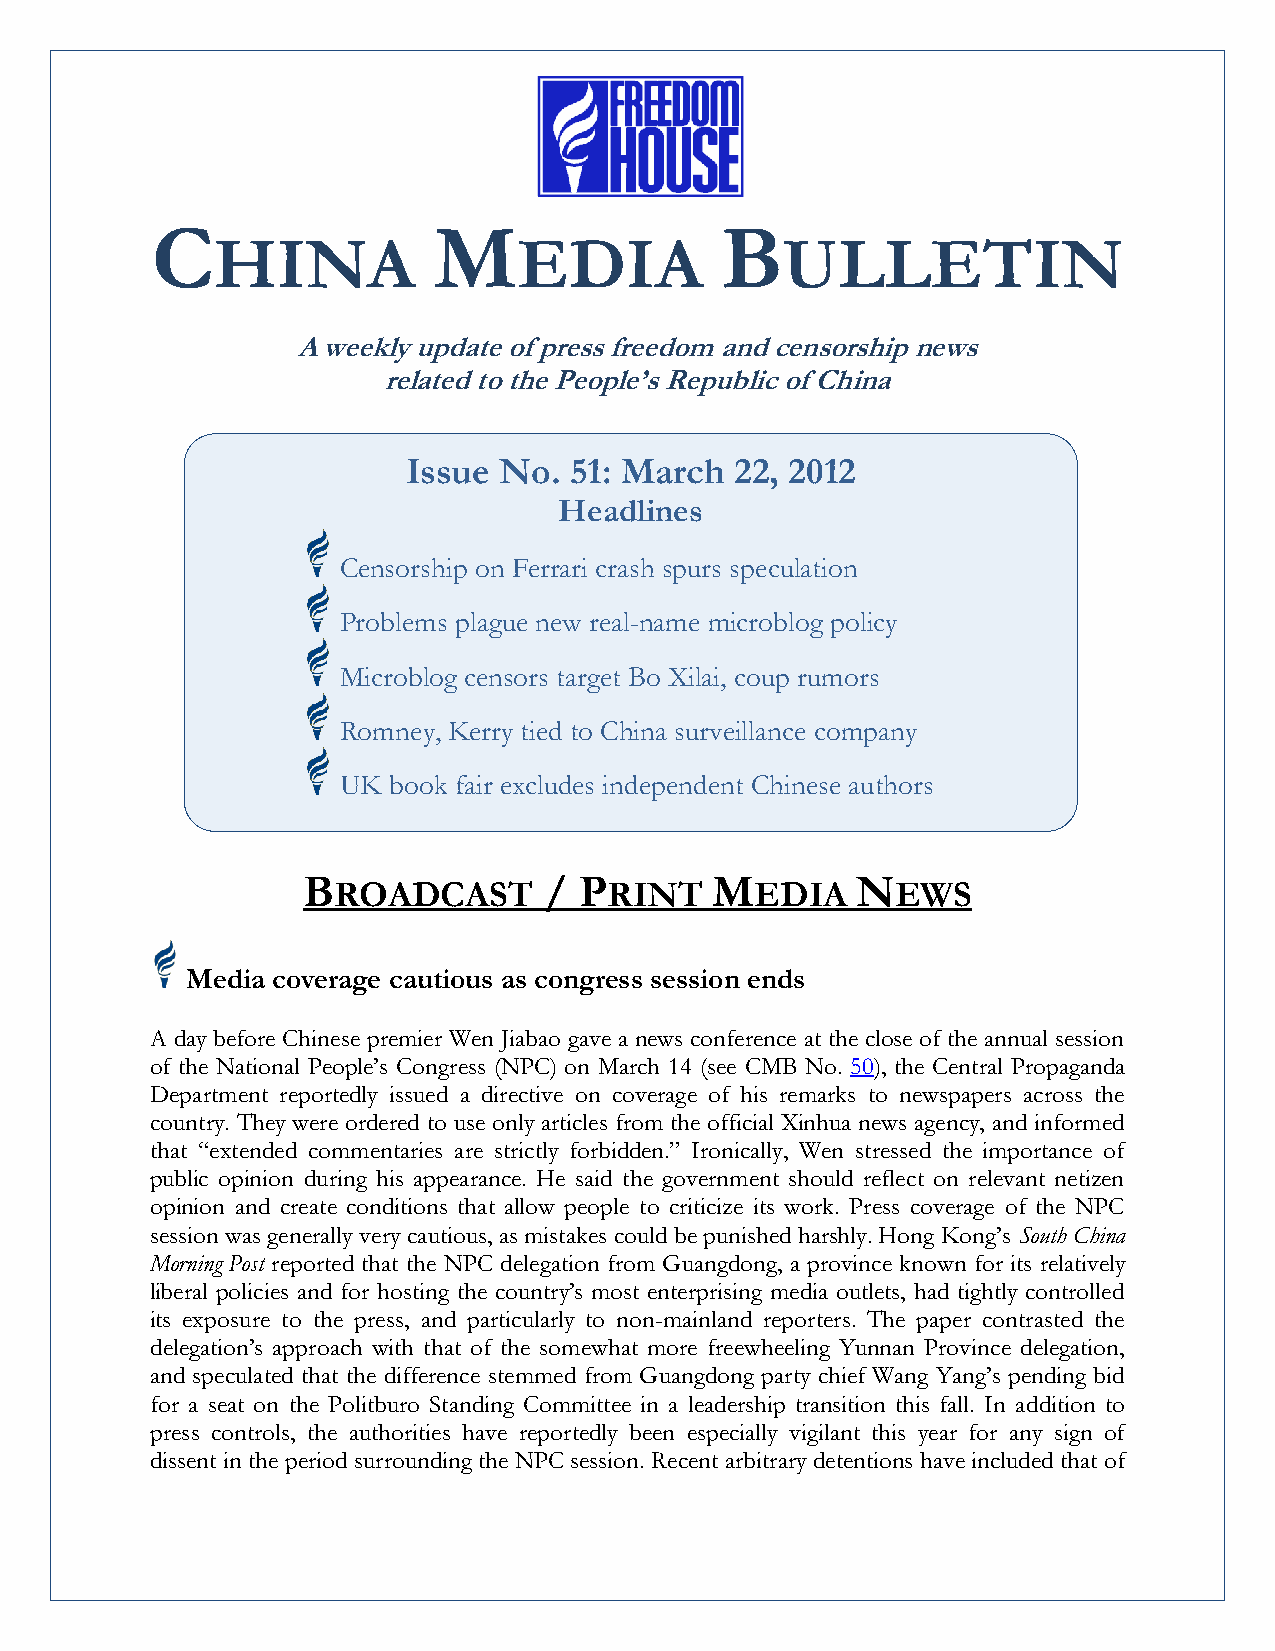
C                  M                  B
 HINA                EDIA              ULLETIN
 A weekly update of press freedom and censorship news
 related to the People’s Republic of China
 Issue No.  51: March  22, 2012
 Headlines
 Censorship on Ferrari crash spurs speculation
 Problems plague new real-name microblog policy
 Microblog censors target Bo Xilai, coup rumors
 Romney, Kerry tied to China surveillance company
 UK  book fair excludes independent Chinese authors
 B               / P        M         N
 ROADCAST          RINT      EDIA     EWS
 Media coverage cautious as congress session ends
 A day before Chinese premier Wen Jiabao gave a news conference at the close of the annual session
 of the National People’s Congress (NPC) on March 14 (see CMB No. 50), the Central Propaganda
 Department reportedly issued a directive on coverage of his remarks to newspapers across the
 country. They were ordered to use only articles from the official Xinhua news agency, and informed
 that “extended commentaries are strictly forbidden.” Ironically, Wen stressed the importance of
 public opinion during his appearance. He said the government should reflect on relevant netizen
 opinion and create conditions that allow people to criticize its work. Press coverage of the NPC
 session was generally very cautious, as mistakes could be punished harshly. Hong Kong’s South China
 Morning Post reported that the NPC delegation from Guangdong, a province known for its relatively
 liberal policies and for hosting the country’s most enterprising media outlets, had tightly controlled
 its exposure to the press, and particularly to non-mainland reporters. The paper contrasted the
 delegation’s approach with that of the somewhat more freewheeling Yunnan Province delegation,
 and speculated that the difference stemmed from Guangdong party chief Wang Yang’s pending bid
 for a seat on the Politburo Standing Committee in a leadership transition this fall. In addition to
 press controls, the authorities have reportedly been especially vigilant this year for any sign of
 dissent in the period surrounding the NPC session. Recent arbitrary detentions have included that of